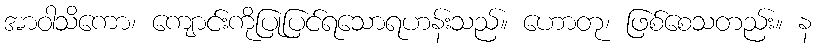
အာဝါသိကော၊ ကျောင်းကိုပြုပြင်ရသောရဟန်းသည်။ ဟောတု၊ ဖြစ်စေသတည်း။ န